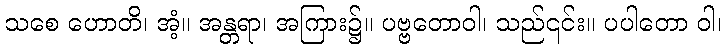
သစေ ဟောတိ၊ အံ့။ အန္တရာ၊ အကြား၌။ ပဗ္ဗတောဝါ၊ သည်၎င်း။ ပပါတော ဝါ၊